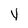
Character: v